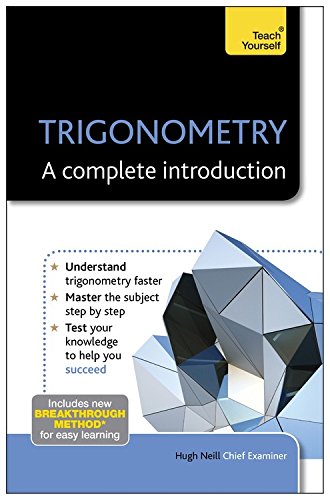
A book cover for Trigonometry: A Complete Introduction (Teach Yourself); Hugh Neill; Science & Math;